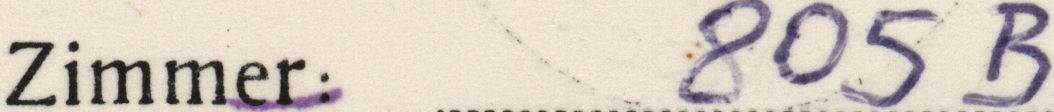
Zimmer: 805 B